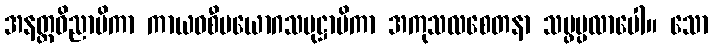
အနတ္ထဝိညာပိကာ ကာယဝစီပယောဂသမုဋ္ဌာပိကာ အကုသလစေတနာ သမ္ဖပ္ပလာပေါ။ သော